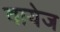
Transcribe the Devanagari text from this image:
वायेज